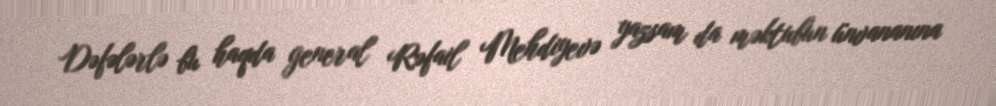
Dəfələrlə bu haqda general Rəfail Mehdiyevə yazsam da məktubun ünvananına